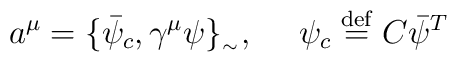
a^{\mu } = \{ \bar{\psi }_{c},\gamma ^{\mu }\psi \}_{_{ \sim }} , \ \ \ \  \psi_{c}  \stackrel{ \mathrm{def}}{=} C\bar{\psi }^{T}